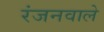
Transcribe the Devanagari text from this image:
रंजनवाले